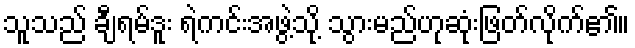
သူသည် ချီရမ်ဒူး ရဲကင်းအဖွဲ့သို့ သွားမည်ဟုဆုံးဖြတ်လိုက်၏။